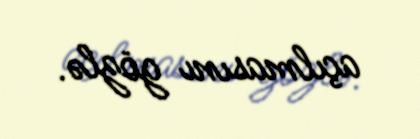
açılmasını gözlə.